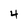
Character: 4